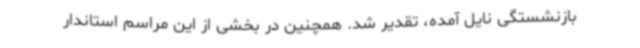
بازنشستگی نایل آمده، تقدیر شد. همچنین در بخشی از این مراسم استاندار